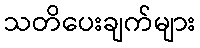
သတိပေးချက်များ